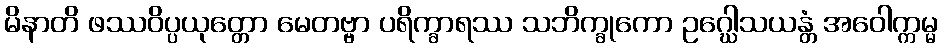
မိနာတိ ဖဿဝိပ္ပယုတ္တော မေတဗ္ဗာ ပရိက္ခာရဿ သဘိက္ခုကော ဥဂ္ဃေါသယန္တံ အဝေါက္ကမ္မ